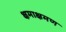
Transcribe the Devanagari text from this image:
क्षमाक्षमण